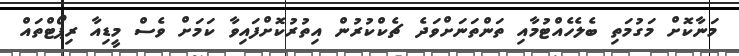
މަނާކޮށް މަގުމަތި ބެލެހެއްޓުމާއި ތަންތަނަށްވަދެ ޗެކްކުރުން އިތުރުކޮށްފައިވާ ކަމަށް ވެސް މީޑިއާ ރިޕޯޓްތައް